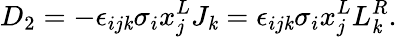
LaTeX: D_{2}=-\epsilon_{ij\mathit{k}}\sigma_{i}x_{j}^{L}J_{\mathit{k}}=\epsilon_{ij\mathit{k}}\sigma_{i}x_{j}^{L}L_{\mathit{k}}^{R}.